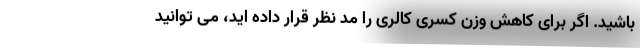
باشید. اگر برای کاهش وزن کسری کالری را مد نظر قرار داده اید، می توانید